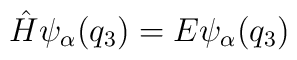
\hat{H}\psi_\alpha(q_3)=E\psi_\alpha(q_3)